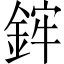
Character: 𨦭